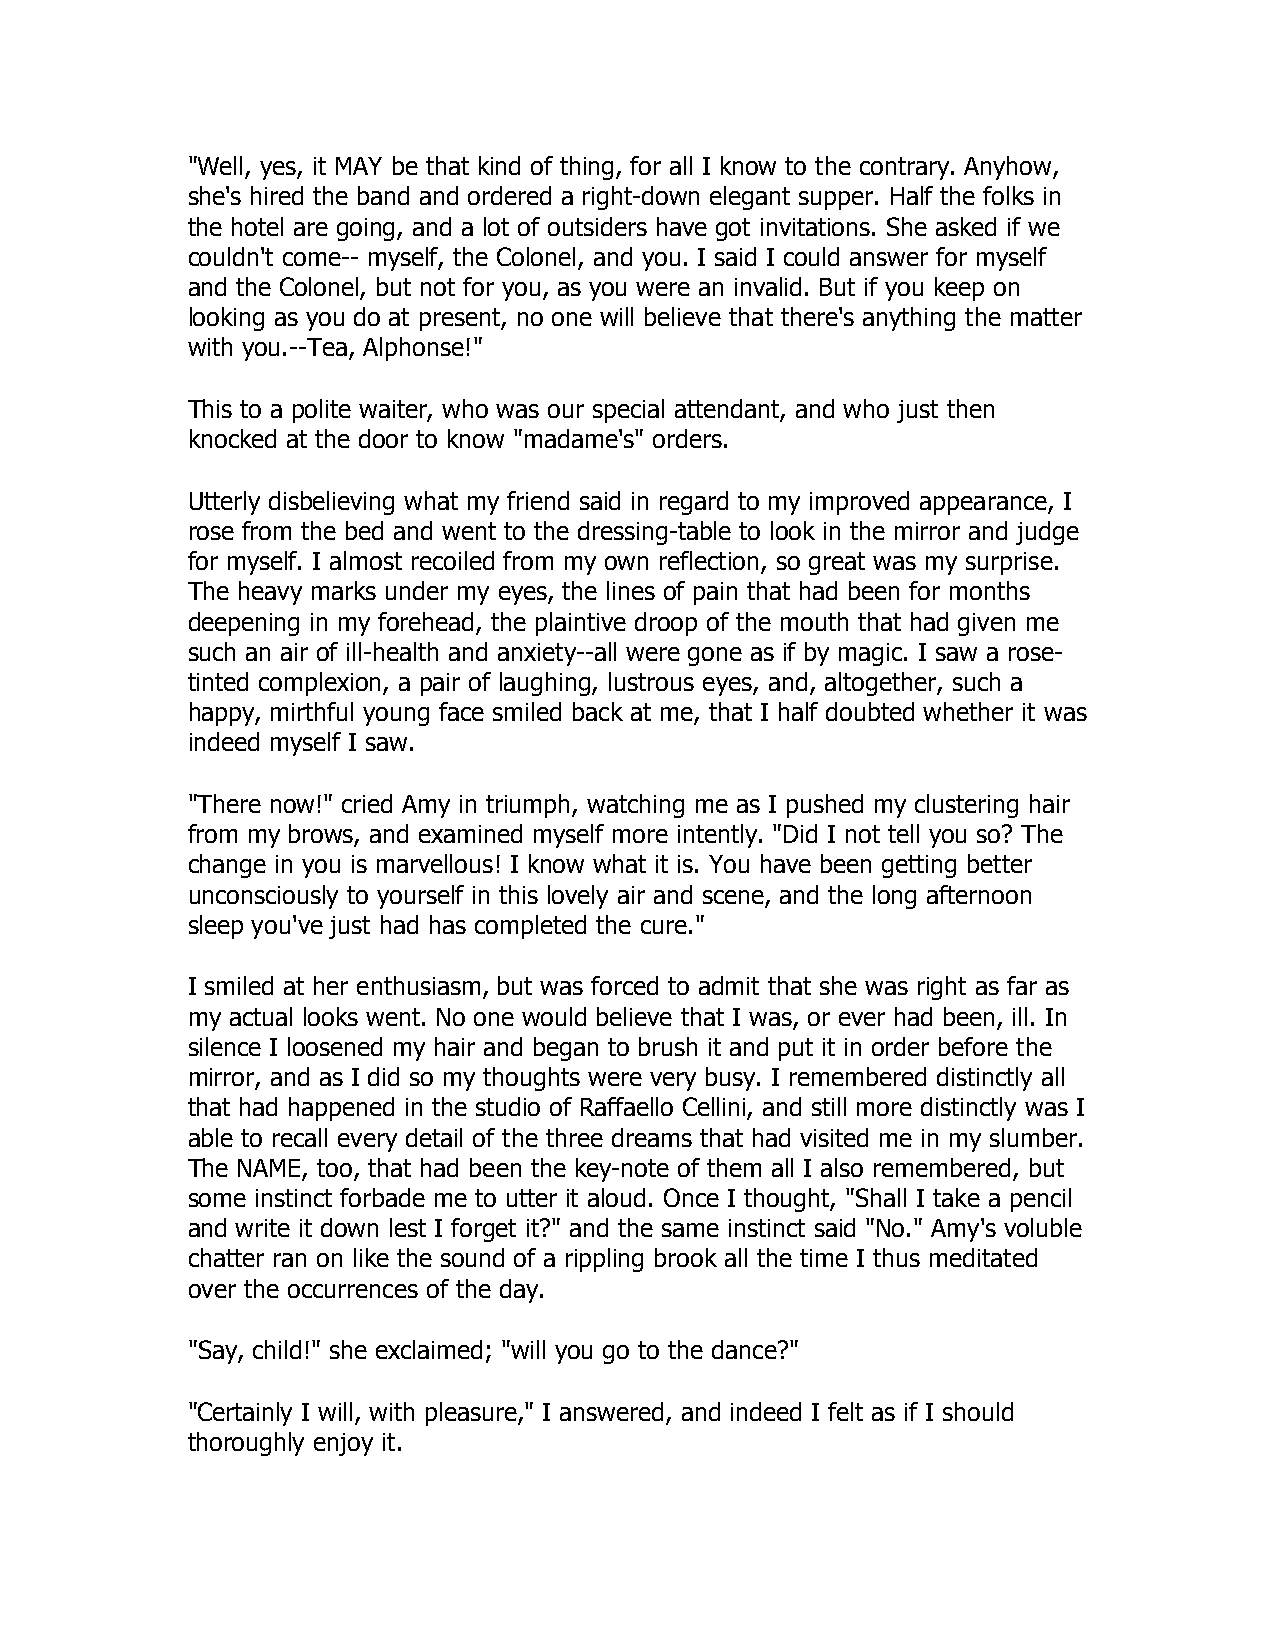
"Well, yes, it MAY be that kind of thing, for all I know to the contrary. Anyhow,
 she's hired the band and ordered a right-down elegant supper. Half the folks in
 the hotel are going, and a lot of outsiders have got invitations. She asked if we
 couldn't come-- myself, the Colonel, and you. I said I could answer for myself
 and the Colonel, but not for you, as you were an invalid. But if you keep on
 looking as you do at present, no one will believe that there's anything the matter
 with you.--Tea, Alphonse!"
 This to a polite waiter, who was our special attendant, and who just then
 knocked at the door to know "madame's" orders.
 Utterly disbelieving what my friend said in regard to my improved appearance, I
 rose from the bed and went to the dressing-table to look in the mirror and judge
 for myself. I almost recoiled from my own reflection, so great was my surprise.
 The heavy marks under my eyes, the lines of pain that had been for months
 deepening in my forehead, the plaintive droop of the mouth that had given me
 such an air of ill-health and anxiety--all were gone as if by magic. I saw a rose-
 tinted complexion, a pair of laughing, lustrous eyes, and, altogether, such a
 happy, mirthful young face smiled back at me, that I half doubted whether it was
 indeed myself I saw.
 "There now!" cried Amy in triumph, watching me as I pushed my clustering hair
 from my brows, and examined myself more intently. "Did I not tell you so? The
 change in you is marvellous! I know what it is. You have been getting better
 unconsciously to yourself in this lovely air and scene, and the long afternoon
 sleep you've just had has completed the cure."
 I smiled at her enthusiasm, but was forced to admit that she was right as far as
 my actual looks went. No one would believe that I was, or ever had been, ill. In
 silence I loosened my hair and began to brush it and put it in order before the
 mirror, and as I did so my thoughts were very busy. I remembered distinctly all
 that had happened in the studio of Raffaello Cellini, and still more distinctly was I
 able to recall every detail of the three dreams that had visited me in my slumber.
 The NAME, too, that had been the key-note of them all I also remembered, but
 some instinct forbade me to utter it aloud. Once I thought, "Shall I take a pencil
 and write it down lest I forget it?" and the same instinct said "No." Amy's voluble
 chatter ran on like the sound of a rippling brook all the time I thus meditated
 over the occurrences of the day.
 "Say, child!" she exclaimed; "will you go to the dance?"
 "Certainly I will, with pleasure," I answered, and indeed I felt as if I should
 thoroughly enjoy it.